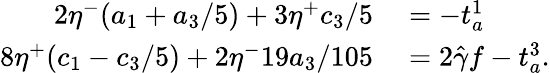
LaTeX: \begin{array}{rl}{2\eta^{-}(a_{1}+a_{3}/5)+3\eta^{+}c_{3}/5}&{{}=-t_{a}^{1}}\\ {8\eta^{+}(c_{1}-c_{3}/5)+2\eta^{-}19a_{3}/105}&{{}=2{\hat{\gamma}}f-t_{a}^{3}.}\end{array}